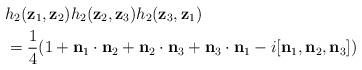
LaTeX: \begin{align*}& h_{2}(\mathbf{z}_{1},\mathbf{z}_{2})h_{2}(\mathbf{z}_{2},\mathbf{z}_{3})h_{2}(\mathbf{z}_{3},\mathbf{z}_{1})\\& =\frac{1}{4}(1+\mathbf{n}_{1}\cdot\mathbf{n}_{2}+\mathbf{n}_{2}\cdot\mathbf{n}_{3}+\mathbf{n}_{3}\cdot\mathbf{n}_{1}-i[\mathbf{n}_{1},\mathbf{n}_{2},\mathbf{n}_{3}])\ \end{align*}